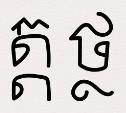
ត្ត ថ្ថ